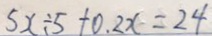
5 x \div 5 + 0 . 2 x = 2 4